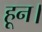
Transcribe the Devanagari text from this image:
हून।